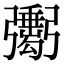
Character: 𢐺